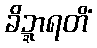
ခိဍ္ဍာရတိံ